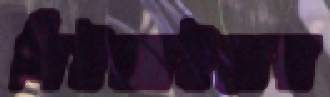
বিইআইয়ের